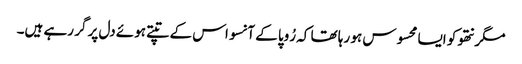
مگر نتھو کو ایسا محسوس ہو رہا تھا کہ رُوپا کے آنسو اس کے تپتے ہوئے دل پر گر رہے ہیں۔